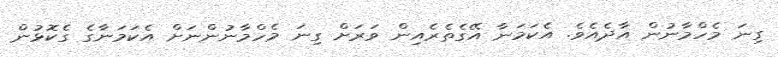
ގިނަ މެހްމާނުން އާދެއެވެ. އެކަމަނާ އޭގެތެރެއިން ވަރަށް ގިނަ މެހްމާނުންނަށް އެކަމަނާގެ ގެކޮޅުން